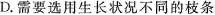
D.需要选用生长状况不同的枝条